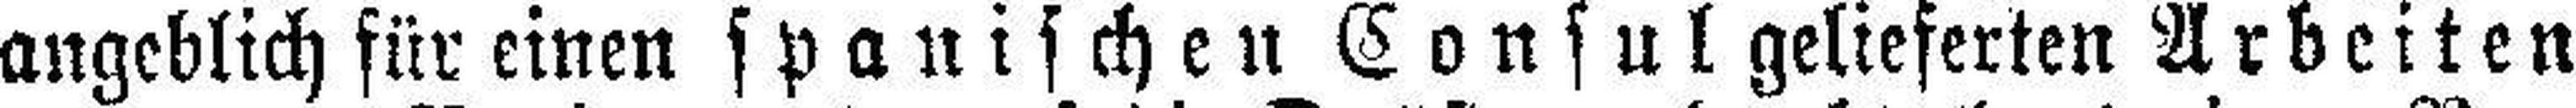
angeblich für einen spanischen Consul gelieferten Arbeiten